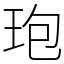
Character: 玸